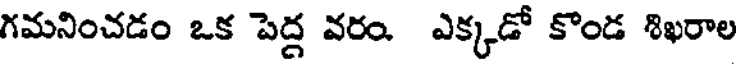
గమనించడం ఒక పెద్ద వరం. ఎక్కడో కొండ శిఖరాల